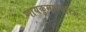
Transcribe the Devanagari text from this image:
णायकुमारचरिअ